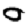
Digit: 0